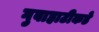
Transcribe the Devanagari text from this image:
गुवाहाटीकडे